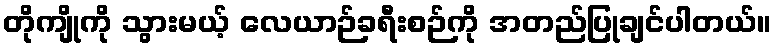
တိုကျိုကို သွားမယ့် လေယာဉ်ခရီးစဉ်ကို အတည်ပြုချင်ပါတယ်။